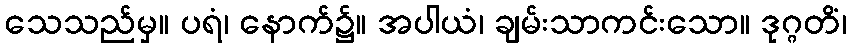
သေသည်မှ။ ပရံ၊ နောက်၌။ အပါယံ၊ ချမ်းသာကင်းသော။ ဒုဂ္ဂတိံ၊